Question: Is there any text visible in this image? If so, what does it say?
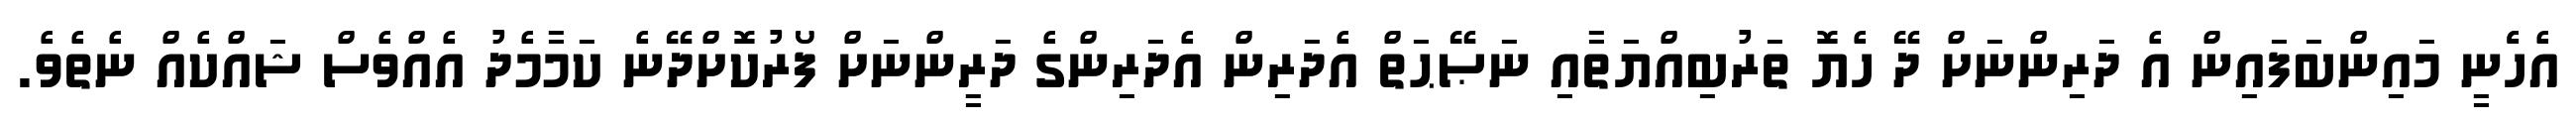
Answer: އެހެެނީ މައިންބަފައިން އެ ދަރިންނަށް ދޭ ހެޔޮ ތަރުބިއްޔަތާއި ނަޞޭޙަތް އެދަރިން އެދަރިންގެ ދަރީންނަށް ފޯރުކޮށްދޭނެ ކަމާމެދު އެއްވެސް ޝައްކެއް ނެތެވެ.